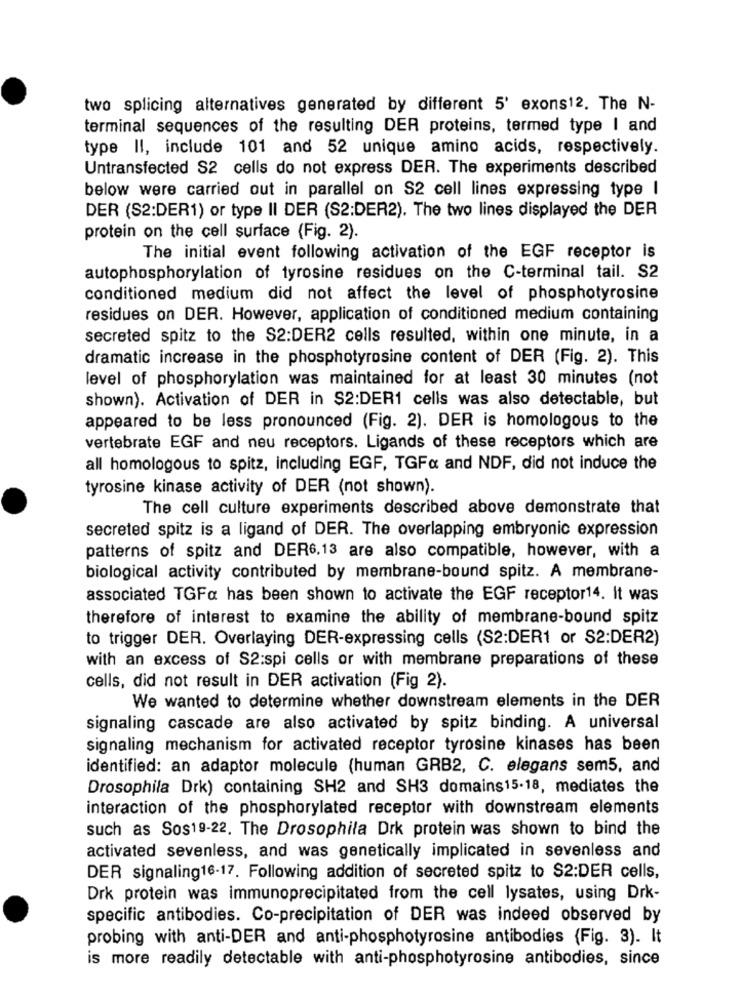
two splicing alternatives generated by different 5' exons12. The N-
terminal sequences of the resulting DER proteins, termed type I and
type II, include 101 and 52 unique amino acids, respectively.
Untransfected S2 cells do not express DER. The experiments described
below were carried out in parallel on S2 cell lines expressing type I
DER (S2:DER1) or type II DER (S2:DER2). The two lines displayed the DER
protein on the cell surface (Fig. 2).
The initial event following activation of the EGF receptor is
autophosphorylation of tyrosine residues on the C-terminal tail. S2
conditioned medium did not affect the level of phosphotyrosine
residues on DER. However, application of conditioned medium containing
secreted spitz to the S2:DER2 cells resulted, within one minute, in a
dramatic increase in the phosphotyrosine content of DER (Fig. 2). This
level of phosphorylation was maintained for at least 30 minutes (not
shown). Activation of DER in $2:DER1 cells was also detectable, but
appeared to be less pronounced (Fig. 2). DER is homologous to the
vertebrate EGF and neu receptors. Ligands of these receptors which are
all homologous to spitz, including EGF, TGF& and NDF, did not induce the
tyrosine kinase activity of DER (not shown).
The cell culture experiments described above demonstrate that
secreted spitz is a ligand of DER. The overlapping embryonic expression
patterns of spitz and DER6.13 are also compatible, however, with a
biological activity contributed by membrane-bound spitz. A membrane-
associated TGFa has been shown to activate the EGF receptor14. It was
therefore of interest to examine the ability of membrane-bound spitz
to trigger DER. Overlaying DER-expressing cells (S2:DER1 or S2:DER2)
with an excess of S2:spi cells or with membrane preparations of these
cells, did not result in DER activation (Fig 2).
We wanted to determine whether downstream elements in the DER
signaling cascade are also activated by spitz binding. A universal
signaling mechanism for activated receptor tyrosine kinases has been
identified: an adaptor molecule (human GRB2, C. elegans sem5, and
Drosophila Drk) containing SH2 and SH3 domains15-18, mediates the
interaction of the phosphorylated receptor with downstream elements
such as Sos19-22. The Drosophila Drk protein was shown to bind the
activated sevenless, and was genetically implicated in sevenless and
DER signaling16-17. Following addition of secreted spitz to $2:DER cells,
Drk protein was immunoprecipitated from the cell lysates, using Drk-
specific antibodies. Co-precipitation of DER was indeed observed by
probing with anti-DER and anti-phosphotyrosine antibodies (Fig. 3). It
is more readily detectable with anti-phosphotyrosine antibodies, since